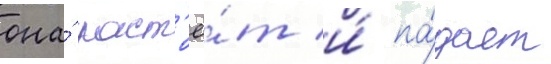
она́ раст'ё́т и́ па́дает